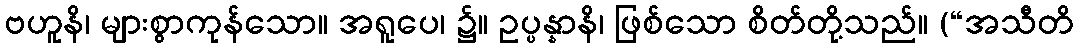
ဗဟူနိ၊ များစွာကုန်သော။ အရူပေ၊ ၌။ ဥပ္ပန္နာနိ၊ ဖြစ်သော စိတ်တို့သည်။ (“အသီတိ